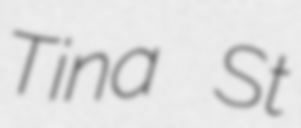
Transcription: Tina St